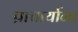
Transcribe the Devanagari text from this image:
प्राचार्याना